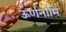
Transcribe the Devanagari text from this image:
ऊर्णनामि